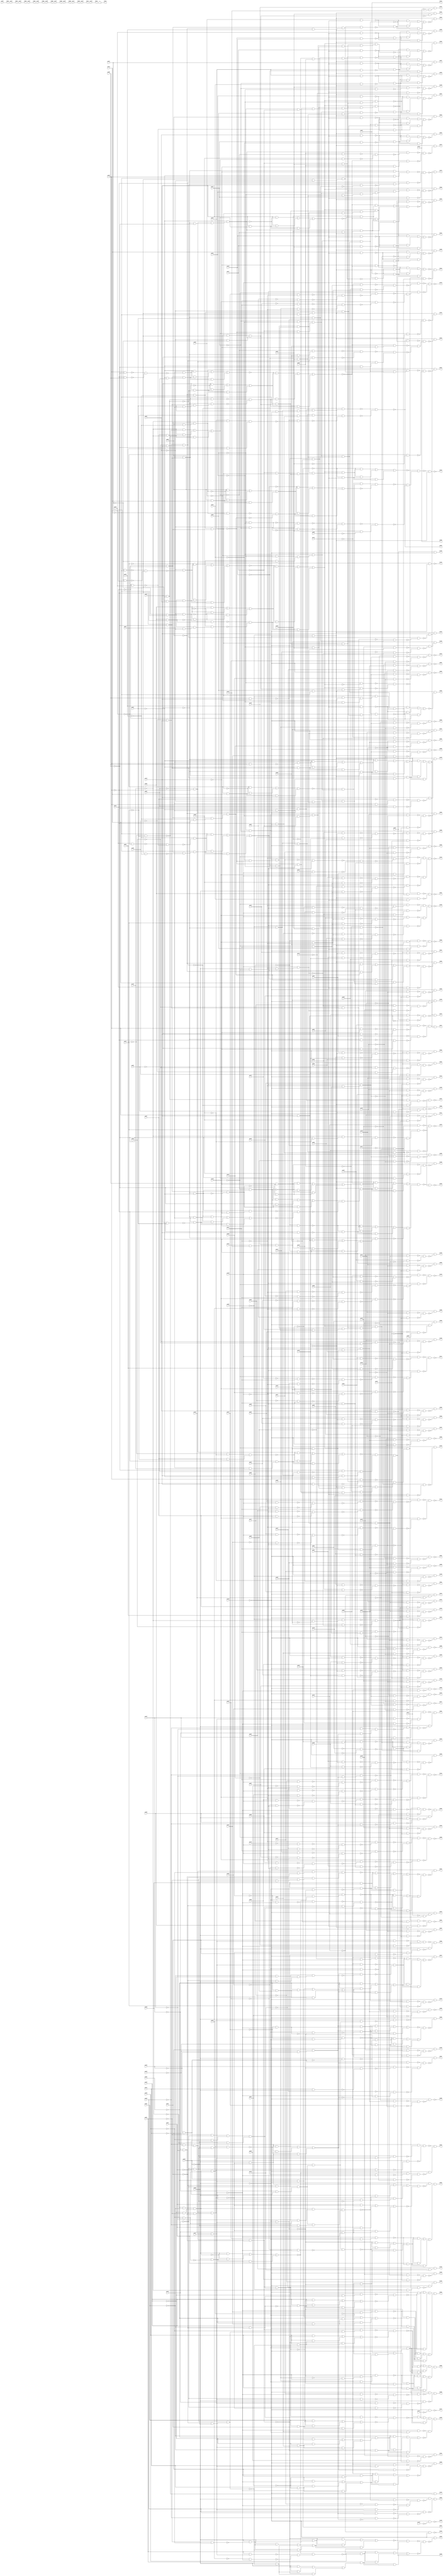
module i2c_best_speed (
        pi000, pi001, pi002, pi003, pi004, pi005, pi006, pi007, pi008, pi009, pi010, pi011, pi012, pi013, pi014, pi015, pi016, pi017, pi018, pi019, pi020, pi021, pi022, pi023, pi024, pi025, pi026, pi027, pi028, pi029, pi030, pi031, pi032, pi033, pi034, pi035, pi036, pi037, pi038, pi039, pi040, pi041, pi042, pi043, pi044, pi045, pi046, pi047, pi048, pi049, pi050, pi051, pi052, pi053, pi054, pi055, pi056, pi057, pi058, pi059, pi060, pi061, pi062, pi063, pi064, pi065, pi066, pi067, pi068, pi069, pi070, pi071, pi072, pi073, pi074, pi075, pi076, pi077, pi078, pi079, pi080, pi081, pi082, pi083, pi084, pi085, pi086, pi087, pi088, pi089, pi090, pi091, pi092, pi093, pi094, pi095, pi096, pi097, pi098, pi099, pi100, pi101, pi102, pi103, pi104, pi105, pi106, pi107, pi108, pi109, pi110, pi111, pi112, pi113, pi114, pi115, pi116, pi117, pi118, pi119, pi120, pi121, pi122, pi123, pi124, pi125, pi126, pi127, pi128, pi129, pi130, pi131, pi132, pi133, pi134, pi135, pi136, pi137, pi138, pi139, pi140, pi141, pi142, pi143, pi144, pi145, pi146, 
        po000, po001, po002, po003, po004, po005, po006, po007, po008, po009, po010, po011, po012, po013, po014, po015, po016, po017, po018, po019, po020, po021, po022, po023, po024, po025, po026, po027, po028, po029, po030, po031, po032, po033, po034, po035, po036, po037, po038, po039, po040, po041, po042, po043, po044, po045, po046, po047, po048, po049, po050, po051, po052, po053, po054, po055, po056, po057, po058, po059, po060, po061, po062, po063, po064, po065, po066, po067, po068, po069, po070, po071, po072, po073, po074, po075, po076, po077, po078, po079, po080, po081, po082, po083, po084, po085, po086, po087, po088, po089, po090, po091, po092, po093, po094, po095, po096, po097, po098, po099, po100, po101, po102, po103, po104, po105, po106, po107, po108, po109, po110, po111, po112, po113, po114, po115, po116, po117, po118, po119, po120, po121, po122, po123, po124, po125, po126, po127, po128, po129, po130, po131, po132, po133, po134, po135, po136, po137, po138, po139, po140, po141);
input pi000, pi001, pi002, pi003, pi004, pi005, pi006, pi007, pi008, pi009, pi010, pi011, pi012, pi013, pi014, pi015, pi016, pi017, pi018, pi019, pi020, pi021, pi022, pi023, pi024, pi025, pi026, pi027, pi028, pi029, pi030, pi031, pi032, pi033, pi034, pi035, pi036, pi037, pi038, pi039, pi040, pi041, pi042, pi043, pi044, pi045, pi046, pi047, pi048, pi049, pi050, pi051, pi052, pi053, pi054, pi055, pi056, pi057, pi058, pi059, pi060, pi061, pi062, pi063, pi064, pi065, pi066, pi067, pi068, pi069, pi070, pi071, pi072, pi073, pi074, pi075, pi076, pi077, pi078, pi079, pi080, pi081, pi082, pi083, pi084, pi085, pi086, pi087, pi088, pi089, pi090, pi091, pi092, pi093, pi094, pi095, pi096, pi097, pi098, pi099, pi100, pi101, pi102, pi103, pi104, pi105, pi106, pi107, pi108, pi109, pi110, pi111, pi112, pi113, pi114, pi115, pi116, pi117, pi118, pi119, pi120, pi121, pi122, pi123, pi124, pi125, pi126, pi127, pi128, pi129, pi130, pi131, pi132, pi133, pi134, pi135, pi136, pi137, pi138, pi139, pi140, pi141, pi142, pi143, pi144, pi145, pi146;
output po000, po001, po002, po003, po004, po005, po006, po007, po008, po009, po010, po011, po012, po013, po014, po015, po016, po017, po018, po019, po020, po021, po022, po023, po024, po025, po026, po027, po028, po029, po030, po031, po032, po033, po034, po035, po036, po037, po038, po039, po040, po041, po042, po043, po044, po045, po046, po047, po048, po049, po050, po051, po052, po053, po054, po055, po056, po057, po058, po059, po060, po061, po062, po063, po064, po065, po066, po067, po068, po069, po070, po071, po072, po073, po074, po075, po076, po077, po078, po079, po080, po081, po082, po083, po084, po085, po086, po087, po088, po089, po090, po091, po092, po093, po094, po095, po096, po097, po098, po099, po100, po101, po102, po103, po104, po105, po106, po107, po108, po109, po110, po111, po112, po113, po114, po115, po116, po117, po118, po119, po120, po121, po122, po123, po124, po125, po126, po127, po128, po129, po130, po131, po132, po133, po134, po135, po136, po137, po138, po139, po140, po141;
wire one, w0, w1, w2, w3, w4, w5, w6, w7, w8, w9, w10, w11, w12, w13, w14, w15, w16, w17, w18, w19, w20, w21, w22, w23, w24, w25, w26, w27, w28, w29, w30, w31, w32, w33, w34, w35, w36, w37, w38, w39, w40, w41, w42, w43, w44, w45, w46, w47, w48, w49, w50, w51, w52, w53, w54, w55, w56, w57, w58, w59, w60, w61, w62, w63, w64, w65, w66, w67, w68, w69, w70, w71, w72, w73, w74, w75, w76, w77, w78, w79, w80, w81, w82, w83, w84, w85, w86, w87, w88, w89, w90, w91, w92, w93, w94, w95, w96, w97, w98, w99, w100, w101, w102, w103, w104, w105, w106, w107, w108, w109, w110, w111, w112, w113, w114, w115, w116, w117, w118, w119, w120, w121, w122, w123, w124, w125, w126, w127, w128, w129, w130, w131, w132, w133, w134, w135, w136, w137, w138, w139, w140, w141, w142, w143, w144, w145, w146, w147, w148, w149, w150, w151, w152, w153, w154, w155, w156, w157, w158, w159, w160, w161, w162, w163, w164, w165, w166, w167, w168, w169, w170, w171, w172, w173, w174, w175, w176, w177, w178, w179, w180, w181, w182, w183, w184, w185, w186, w187, w188, w189, w190, w191, w192, w193, w194, w195, w196, w197, w198, w199, w200, w201, w202, w203, w204, w205, w206, w207, w208, w209, w210, w211, w212, w213, w214, w215, w216, w217, w218, w219, w220, w221, w222, w223, w224, w225, w226, w227, w228, w229, w230, w231, w232, w233, w234, w235, w236, w237, w238, w239, w240, w241, w242, w243, w244, w245, w246, w247, w248, w249, w250, w251, w252, w253, w254, w255, w256, w257, w258, w259, w260, w261, w262, w263, w264, w265, w266, w267, w268, w269, w270, w271, w272, w273, w274, w275, w276, w277, w278, w279, w280, w281, w282, w283, w284, w285, w286, w287, w288, w289, w290, w291, w292, w293, w294, w295, w296, w297, w298, w299, w300, w301, w302, w303, w304, w305, w306, w307, w308, w309, w310, w311, w312, w313, w314, w315, w316, w317, w318, w319, w320, w321, w322, w323, w324, w325, w326, w327, w328, w329, w330, w331, w332, w333, w334, w335, w336, w337, w338, w339, w340, w341, w342, w343, w344, w345, w346, w347, w348, w349, w350, w351, w352, w353, w354, w355, w356, w357, w358, w359, w360, w361, w362, w363, w364, w365, w366, w367, w368, w369, w370, w371, w372, w373, w374, w375, w376, w377, w378, w379, w380, w381, w382, w383, w384, w385, w386, w387, w388, w389, w390, w391, w392, w393, w394, w395, w396, w397, w398, w399, w400, w401, w402, w403, w404, w405, w406, w407, w408, w409, w410, w411, w412, w413, w414, w415, w416, w417, w418, w419, w420, w421, w422, w423, w424, w425, w426, w427, w428, w429, w430, w431, w432, w433, w434, w435, w436, w437, w438, w439, w440, w441, w442, w443, w444, w445, w446, w447, w448, w449, w450, w451, w452, w453, w454, w455, w456, w457, w458, w459, w460, w461, w462, w463, w464, w465, w466, w467, w468, w469, w470, w471, w472, w473, w474, w475, w476, w477, w478, w479, w480, w481, w482, w483, w484, w485, w486, w487, w488, w489, w490, w491, w492, w493, w494, w495, w496, w497, w498, w499, w500, w501, w502, w503, w504, w505, w506, w507, w508, w509, w510, w511, w512, w513, w514, w515, w516, w517, w518, w519, w520, w521, w522, w523, w524, w525, w526, w527, w528, w529, w530, w531, w532, w533, w534, w535, w536, w537, w538, w539, w540, w541, w542, w543, w544, w545, w546, w547, w548, w549, w550, w551, w552, w553, w554, w555, w556, w557, w558, w559, w560, w561, w562, w563, w564, w565, w566, w567, w568, w569, w570, w571, w572, w573, w574, w575, w576, w577, w578, w579, w580, w581, w582, w583, w584, w585, w586, w587, w588, w589, w590, w591, w592, w593, w594, w595, w596, w597, w598, w599, w600, w601, w602, w603, w604, w605, w606, w607, w608, w609, w610, w611, w612, w613, w614, w615, w616, w617, w618, w619, w620, w621, w622, w623, w624, w625, w626, w627, w628, w629, w630, w631, w632, w633, w634, w635, w636, w637, w638, w639, w640, w641, w642, w643, w644, w645, w646, w647, w648, w649, w650, w651, w652, w653, w654, w655, w656, w657, w658, w659, w660, w661, w662, w663, w664, w665, w666, w667, w668, w669, w670, w671, w672, w673, w674, w675, w676, w677, w678, w679, w680, w681, w682, w683, w684, w685, w686, w687, w688, w689, w690, w691, w692, w693, w694, w695, w696, w697, w698, w699, w700, w701, w702, w703, w704, w705, w706, w707, w708, w709, w710, w711, w712, w713, w714, w715, w716, w717, w718, w719, w720, w721, w722, w723, w724, w725, w726, w727, w728, w729, w730, w731, w732, w733, w734, w735, w736, w737, w738, w739, w740, w741, w742, w743, w744, w745, w746, w747, w748, w749, w750, w751, w752, w753, w754, w755, w756, w757, w758, w759, w760, w761, w762, w763, w764, w765, w766, w767, w768, w769, w770, w771, w772, w773, w774, w775, w776, w777, w778, w779, w780, w781, w782, w783, w784, w785, w786, w787, w788, w789, w790, w791, w792, w793, w794, w795, w796, w797, w798, w799, w800, w801, w802, w803, w804, w805, w806, w807, w808, w809, w810, w811, w812, w813, w814, w815, w816, w817, w818, w819, w820, w821, w822, w823, w824, w825, w826, w827, w828, w829, w830, w831, w832, w833, w834, w835, w836, w837, w838, w839, w840, w841, w842, w843, w844, w845, w846, w847, w848, w849, w850, w851, w852, w853, w854, w855, w856, w857, w858, w859, w860, w861, w862, w863, w864, w865, w866, w867, w868, w869, w870, w871, w872, w873, w874, w875, w876, w877, w878, w879, w880, w881, w882, w883, w884, w885, w886, w887, w888, w889, w890, w891, w892, w893, w894, w895, w896, w897, w898, w899, w900, w901, w902, w903, w904, w905, w906, w907, w908, w909, w910, w911, w912, w913, w914, w915, w916, w917, w918, w919, w920, w921, w922, w923, w924, w925, w926, w927, w928, w929, w930, w931, w932, w933, w934, w935, w936, w937, w938, w939, w940, w941, w942, w943, w944, w945, w946, w947, w948, w949, w950, w951, w952, w953, w954, w955, w956, w957, w958, w959, w960, w961, w962, w963, w964, w965, w966, w967, w968, w969, w970, w971, w972, w973, w974, w975, w976, w977, w978, w979, w980, w981, w982, w983, w984, w985, w986, w987, w988, w989, w990, w991, w992, w993, w994, w995, w996, w997, w998, w999, w1000, w1001, w1002, w1003, w1004, w1005, w1006, w1007, w1008, w1009, w1010, w1011, w1012, w1013, w1014, w1015, w1016, w1017, w1018, w1019, w1020, w1021, w1022, w1023, w1024, w1025, w1026, w1027, w1028, w1029, w1030, w1031, w1032, w1033, w1034, w1035, w1036, w1037, w1038, w1039, w1040, w1041, w1042, w1043, w1044, w1045, w1046, w1047, w1048, w1049, w1050, w1051, w1052, w1053, w1054, w1055, w1056, w1057, w1058, w1059, w1060, w1061, w1062, w1063, w1064, w1065, w1066, w1067, w1068, w1069, w1070, w1071, w1072, w1073, w1074, w1075, w1076, w1077, w1078, w1079, w1080, w1081, w1082, w1083, w1084, w1085, w1086, w1087, w1088, w1089, w1090, w1091, w1092, w1093, w1094, w1095, w1096, w1097, w1098, w1099, w1100, w1101, w1102, w1103, w1104, w1105, w1106, w1107;
assign w0 = pi012 & ~pi013;
assign w1 = ~pi012 & pi013;
assign w2 = ~w0 & ~w1;
assign w3 = ~pi009 & ~w2;
assign w4 = ~pi012 & ~pi013;
assign w5 = ~pi007 & pi009;
assign w6 = w4 & w5;
assign w7 = (~pi007 & w3) | (~pi007 & w6) | (w3 & w6);
assign w8 = ~pi009 & w4;
assign w9 = pi006 & ~pi007;
assign w10 = pi006 & ~w9;
assign w11 = (pi006 & ~w8) | (pi006 & w10) | (~w8 & w10);
assign w12 = w8 & w9;
assign w13 = pi007 & ~pi009;
assign w14 = w4 & w13;
assign w15 = ~pi006 & w14;
assign w16 = ~w12 & ~w15;
assign w17 = (~w7 & w11) | (~w7 & w16) | (w11 & w16);
assign w18 = ~pi005 & ~pi011;
assign w19 = ~pi016 & ~pi018;
assign w20 = w18 & w19;
assign w21 = ~pi019 & ~pi022;
assign w22 = w20 & w21;
assign w23 = ~pi008 & ~pi010;
assign w24 = ~pi014 & ~pi021;
assign w25 = w23 & w24;
assign w26 = ~pi017 & w25;
assign w27 = ~pi004 & ~pi007;
assign w28 = ~pi009 & ~pi012;
assign w29 = w27 & w28;
assign w30 = ~pi013 & w29;
assign w31 = w26 & w30;
assign w32 = w22 & w31;
assign w33 = w17 & w32;
assign w34 = ~pi000 & ~pi054;
assign w35 = (~pi000 & w33) | (~pi000 & w34) | (w33 & w34);
assign w36 = pi007 & pi013;
assign w37 = (pi007 & ~w25) | (pi007 & w36) | (~w25 & w36);
assign w38 = ~pi004 & ~pi005;
assign w39 = ~pi006 & ~pi012;
assign w40 = w38 & w39;
assign w41 = ~pi022 & w40;
assign w42 = ~w37 & w41;
assign w43 = ~pi011 & ~pi016;
assign w44 = ~pi017 & ~pi018;
assign w45 = w43 & w44;
assign w46 = ~pi019 & pi054;
assign w47 = ~pi009 & w46;
assign w48 = w45 & w47;
assign w49 = w42 & w48;
assign w50 = pi014 & ~pi021;
assign w51 = ~pi014 & pi021;
assign w52 = ~w50 & ~w51;
assign w53 = ~pi010 & ~w52;
assign w54 = ~pi007 & ~pi010;
assign w55 = w24 & ~w54;
assign w56 = ~pi013 & w55;
assign w57 = (~pi013 & w53) | (~pi013 & w56) | (w53 & w56);
assign w58 = pi008 & ~pi010;
assign w59 = w24 & w58;
assign w60 = pi008 & pi013;
assign w61 = (pi008 & ~w59) | (pi008 & w60) | (~w59 & w60);
assign w62 = ~pi013 & w59;
assign w63 = ~pi010 & pi013;
assign w64 = w24 & w63;
assign w65 = ~pi008 & w64;
assign w66 = ~w62 & ~w65;
assign w67 = (~w57 & w61) | (~w57 & w66) | (w61 & w66);
assign w68 = w49 & ~w67;
assign w69 = ~pi005 & ~pi022;
assign w70 = ~pi009 & ~pi011;
assign w71 = ~w69 & w70;
assign w72 = w69 & ~w70;
assign w73 = ~w71 & ~w72;
assign w74 = pi054 & ~pi056;
assign w75 = ~w73 & w74;
assign w76 = ~w68 & ~w75;
assign w77 = ~w35 & w76;
assign w78 = ~pi003 & ~pi129;
assign w79 = ~w77 & w78;
assign w80 = w22 & w25;
assign w81 = w30 & w80;
assign w82 = w17 & w81;
assign w83 = ~pi001 & w78;
assign w84 = ~pi017 & pi054;
assign w85 = w78 & ~w84;
assign w86 = ~pi001 & w85;
assign w87 = (w82 & w83) | (w82 & w86) | (w83 & w86);
assign w88 = ~pi005 & ~w17;
assign w89 = pi005 & ~pi013;
assign w90 = w29 & w89;
assign w91 = w17 & w90;
assign w92 = ~w88 & ~w91;
assign w93 = w45 & w46;
assign w94 = ~pi003 & ~pi004;
assign w95 = ~pi022 & ~pi129;
assign w96 = w94 & w95;
assign w97 = w25 & w96;
assign w98 = w93 & w97;
assign w99 = ~w92 & w98;
assign w100 = ~w87 & ~w99;
assign w101 = ~pi002 & ~pi015;
assign w102 = ~pi020 & ~pi024;
assign w103 = w101 & w102;
assign w104 = ~pi045 & ~pi049;
assign w105 = w103 & w104;
assign w106 = ~pi043 & ~pi047;
assign w107 = ~pi048 & w106;
assign w108 = w105 & w107;
assign w109 = ~pi038 & ~pi040;
assign w110 = ~pi042 & ~pi044;
assign w111 = w109 & w110;
assign w112 = ~pi046 & ~pi050;
assign w113 = ~pi041 & w112;
assign w114 = w111 & w113;
assign w115 = pi082 & ~w114;
assign w116 = (pi082 & ~w108) | (pi082 & w115) | (~w108 & w115);
assign w117 = pi122 & pi127;
assign w118 = ~pi065 & ~w117;
assign w119 = ~w116 & w118;
assign w120 = ~w116 & w117;
assign w121 = w111 & w112;
assign w122 = ~pi024 & ~pi043;
assign w123 = ~pi045 & ~pi047;
assign w124 = w122 & w123;
assign w125 = ~pi048 & ~pi049;
assign w126 = w124 & w125;
assign w127 = w121 & w126;
assign w128 = ~pi015 & ~pi020;
assign w129 = ~pi041 & pi082;
assign w130 = w128 & w129;
assign w131 = w127 & w130;
assign w132 = w116 & ~w131;
assign w133 = ~w120 & ~w132;
assign w134 = ~pi002 & pi065;
assign w135 = (~pi002 & w117) | (~pi002 & w134) | (w117 & w134);
assign w136 = (~pi002 & w116) | (~pi002 & w135) | (w116 & w135);
assign w137 = (~w119 & w133) | (~w119 & w136) | (w133 & w136);
assign w138 = ~pi129 & ~w137;
assign w139 = pi000 & ~pi113;
assign w140 = ~pi123 & w139;
assign w141 = w25 & w30;
assign w142 = ~pi017 & w21;
assign w143 = w20 & w142;
assign w144 = w141 & w143;
assign w145 = w17 & w144;
assign w146 = ~pi061 & ~pi118;
assign w147 = ~w140 & ~w146;
assign w148 = (~w140 & w145) | (~w140 & w147) | (w145 & w147);
assign w149 = ~pi129 & ~w148;
assign w150 = pi004 & ~pi054;
assign w151 = w41 & w93;
assign w152 = ~pi007 & ~pi009;
assign w153 = ~pi013 & w152;
assign w154 = ~pi008 & pi010;
assign w155 = w24 & w154;
assign w156 = w153 & w155;
assign w157 = ~w150 & ~w156;
assign w158 = (~w150 & ~w151) | (~w150 & w157) | (~w151 & w157);
assign w159 = w78 & ~w158;
assign w160 = ~pi016 & ~pi017;
assign w161 = w18 & w160;
assign w162 = ~pi022 & pi054;
assign w163 = w78 & w162;
assign w164 = w161 & w163;
assign w165 = ~pi018 & ~pi019;
assign w166 = ~pi029 & w165;
assign w167 = ~pi059 & w166;
assign w168 = w164 & w167;
assign w169 = w141 & w168;
assign w170 = w17 & w169;
assign w171 = ~pi025 & pi028;
assign w172 = w170 & w171;
assign w173 = pi005 & ~pi054;
assign w174 = w78 & w173;
assign w175 = ~w172 & ~w174;
assign w176 = pi025 & ~pi028;
assign w177 = w170 & w176;
assign w178 = ~pi054 & w78;
assign w179 = pi006 & w178;
assign w180 = ~w177 & ~w179;
assign w181 = w151 & w153;
assign w182 = w59 & w181;
assign w183 = pi007 & ~pi054;
assign w184 = ~w182 & ~w183;
assign w185 = w78 & ~w184;
assign w186 = pi008 & ~pi054;
assign w187 = ~pi007 & ~pi013;
assign w188 = w23 & w187;
assign w189 = ~pi009 & w188;
assign w190 = w151 & w189;
assign w191 = ~w51 & ~w186;
assign w192 = (~w186 & ~w190) | (~w186 & w191) | (~w190 & w191);
assign w193 = w78 & ~w192;
assign w194 = pi009 & ~pi054;
assign w195 = ~pi005 & ~pi017;
assign w196 = w165 & w195;
assign w197 = w162 & w196;
assign w198 = w141 & w197;
assign w199 = w17 & w198;
assign w200 = pi011 & ~pi016;
assign w201 = ~w194 & ~w200;
assign w202 = (~w194 & ~w199) | (~w194 & w201) | (~w199 & w201);
assign w203 = w78 & ~w202;
assign w204 = pi010 & ~pi054;
assign w205 = ~pi021 & w189;
assign w206 = w151 & w205;
assign w207 = ~pi014 & ~w204;
assign w208 = (~w204 & ~w206) | (~w204 & w207) | (~w206 & w207);
assign w209 = w78 & ~w208;
assign w210 = ~pi005 & w46;
assign w211 = w45 & w210;
assign w212 = pi022 & w211;
assign w213 = w141 & w212;
assign w214 = w17 & w213;
assign w215 = pi011 & ~pi054;
assign w216 = ~w214 & ~w215;
assign w217 = w78 & ~w216;
assign w218 = pi012 & ~pi054;
assign w219 = w161 & w162;
assign w220 = w141 & w219;
assign w221 = w17 & w220;
assign w222 = pi018 & ~pi019;
assign w223 = ~w218 & ~w222;
assign w224 = (~w218 & ~w221) | (~w218 & w223) | (~w221 & w223);
assign w225 = w78 & ~w224;
assign w226 = pi013 & ~pi054;
assign w227 = ~pi025 & ~pi028;
assign w228 = pi029 & pi054;
assign w229 = w227 & w228;
assign w230 = ~pi059 & w229;
assign w231 = ~w226 & ~w230;
assign w232 = (~w145 & ~w226) | (~w145 & w231) | (~w226 & w231);
assign w233 = w78 & ~w232;
assign w234 = (~pi008 & w57) | (~pi008 & w65) | (w57 & w65);
assign w235 = pi013 & w48;
assign w236 = w42 & w235;
assign w237 = w234 & w236;
assign w238 = pi014 & ~pi054;
assign w239 = ~w237 & ~w238;
assign w240 = w78 & ~w239;
assign w241 = ~pi015 & ~pi041;
assign w242 = w127 & w241;
assign w243 = pi015 & pi041;
assign w244 = (pi015 & ~w127) | (pi015 & w243) | (~w127 & w243);
assign w245 = ~w242 & ~w244;
assign w246 = ~pi082 & ~pi129;
assign w247 = (~pi129 & ~w245) | (~pi129 & w246) | (~w245 & w246);
assign w248 = pi070 & ~pi082;
assign w249 = ~w117 & w248;
assign w250 = ~pi020 & pi070;
assign w251 = (~pi020 & w117) | (~pi020 & w250) | (w117 & w250);
assign w252 = ~pi002 & w251;
assign w253 = ~pi082 & w117;
assign w254 = ~pi015 & w253;
assign w255 = (~pi015 & w252) | (~pi015 & w254) | (w252 & w254);
assign w256 = ~w249 & ~w255;
assign w257 = w247 & w256;
assign w258 = pi006 & w98;
assign w259 = ~w92 & w258;
assign w260 = pi016 & ~pi054;
assign w261 = w78 & w260;
assign w262 = ~w259 & ~w261;
assign w263 = pi017 & ~pi054;
assign w264 = ~pi029 & pi059;
assign w265 = w227 & w264;
assign w266 = w84 & w265;
assign w267 = ~w263 & ~w266;
assign w268 = (~w82 & ~w263) | (~w82 & w267) | (~w263 & w267);
assign w269 = w78 & ~w268;
assign w270 = pi018 & ~pi054;
assign w271 = ~pi011 & pi016;
assign w272 = ~w270 & ~w271;
assign w273 = (~w199 & ~w270) | (~w199 & w272) | (~w270 & w272);
assign w274 = w78 & ~w273;
assign w275 = pi019 & ~pi054;
assign w276 = pi017 & pi054;
assign w277 = ~w275 & ~w276;
assign w278 = (~w82 & ~w275) | (~w82 & w277) | (~w275 & w277);
assign w279 = w78 & ~w278;
assign w280 = ~pi020 & w241;
assign w281 = w127 & w280;
assign w282 = pi020 & ~w241;
assign w283 = (pi020 & ~w127) | (pi020 & w282) | (~w127 & w282);
assign w284 = ~w281 & ~w283;
assign w285 = (~pi129 & w246) | (~pi129 & ~w284) | (w246 & ~w284);
assign w286 = pi071 & ~pi082;
assign w287 = ~w117 & w286;
assign w288 = ~pi002 & pi071;
assign w289 = (~pi002 & w117) | (~pi002 & w288) | (w117 & w288);
assign w290 = ~w253 & ~w289;
assign w291 = pi020 & ~w287;
assign w292 = (~w287 & w290) | (~w287 & w291) | (w290 & w291);
assign w293 = w285 & w292;
assign w294 = pi021 & ~pi054;
assign w295 = ~pi018 & pi019;
assign w296 = ~w294 & ~w295;
assign w297 = (~w221 & ~w294) | (~w221 & w296) | (~w294 & w296);
assign w298 = w78 & ~w297;
assign w299 = pi022 & ~pi054;
assign w300 = ~pi022 & w141;
assign w301 = w17 & w300;
assign w302 = pi005 & w46;
assign w303 = w45 & w302;
assign w304 = ~w299 & ~w303;
assign w305 = (~w299 & ~w301) | (~w299 & w304) | (~w301 & w304);
assign w306 = w78 & ~w305;
assign w307 = ~pi023 & pi055;
assign w308 = ~pi129 & ~w307;
assign w309 = pi061 & w308;
assign w310 = ~pi024 & ~pi045;
assign w311 = pi082 & ~w310;
assign w312 = pi082 | w311;
assign w313 = ~pi041 & ~pi048;
assign w314 = w106 & w313;
assign w315 = (pi082 & w311) | (pi082 & ~w314) | (w311 & ~w314);
assign w316 = (~w121 & w312) | (~w121 & w315) | (w312 & w315);
assign w317 = pi082 & ~w104;
assign w318 = (pi082 & ~w103) | (pi082 & w317) | (~w103 & w317);
assign w319 = pi024 & w117;
assign w320 = ~pi063 & ~w117;
assign w321 = ~w319 & ~w320;
assign w322 = ~w318 & w321;
assign w323 = ~w316 & ~w322;
assign w324 = pi045 & ~w322;
assign w325 = pi082 & ~w314;
assign w326 = (pi082 & ~w121) | (pi082 & w325) | (~w121 & w325);
assign w327 = pi024 & w326;
assign w328 = (pi024 & w324) | (pi024 & w327) | (w324 & w327);
assign w329 = ~w323 & ~w328;
assign w330 = ~pi129 & ~w329;
assign w331 = pi058 & ~pi085;
assign w332 = ~pi058 & pi085;
assign w333 = ~w331 & ~w332;
assign w334 = ~pi053 & ~w333;
assign w335 = ~pi058 & ~pi085;
assign w336 = ~pi027 & pi053;
assign w337 = w335 & w336;
assign w338 = (~pi027 & w334) | (~pi027 & w337) | (w334 & w337);
assign w339 = ~pi053 & w335;
assign w340 = pi026 & ~pi027;
assign w341 = pi026 & ~w340;
assign w342 = (pi026 & ~w339) | (pi026 & w341) | (~w339 & w341);
assign w343 = w339 & w340;
assign w344 = pi027 & ~pi053;
assign w345 = w335 & w344;
assign w346 = ~pi026 & w345;
assign w347 = ~w343 & ~w346;
assign w348 = (~w338 & w342) | (~w338 & w347) | (w342 & w347);
assign w349 = ~pi095 & ~pi100;
assign w350 = pi097 & ~pi110;
assign w351 = (~pi110 & ~w349) | (~pi110 & w350) | (~w349 & w350);
assign w352 = ~pi026 & ~pi027;
assign w353 = ~w351 & w352;
assign w354 = pi085 & ~pi116;
assign w355 = w335 & ~w352;
assign w356 = ~pi116 & ~w355;
assign w357 = (~w353 & w354) | (~w353 & w356) | (w354 & w356);
assign w358 = ~w348 & w357;
assign w359 = (~pi085 & w353) | (~pi085 & w355) | (w353 & w355);
assign w360 = ~pi058 & ~pi116;
assign w361 = w352 & w360;
assign w362 = ~pi039 & ~pi051;
assign w363 = ~pi052 & pi116;
assign w364 = w362 & w363;
assign w365 = ~pi026 & ~pi053;
assign w366 = pi026 & pi027;
assign w367 = ~pi053 & ~w366;
assign w368 = (~w364 & w365) | (~w364 & w367) | (w365 & w367);
assign w369 = ~w361 & ~w368;
assign w370 = w359 & ~w369;
assign w371 = w78 & w370;
assign w372 = (w78 & w358) | (w78 & w371) | (w358 & w371);
assign w373 = ~pi025 & ~pi116;
assign w374 = ~pi052 & w362;
assign w375 = pi027 & pi116;
assign w376 = ~w373 & ~w375;
assign w377 = (~w373 & w374) | (~w373 & w376) | (w374 & w376);
assign w378 = pi058 & pi116;
assign w379 = ~pi025 & ~pi027;
assign w380 = (~pi027 & w378) | (~pi027 & w379) | (w378 & w379);
assign w381 = ~pi026 & w380;
assign w382 = w377 & ~w381;
assign w383 = w372 & w382;
assign w384 = ~pi085 & ~pi096;
assign w385 = ~pi110 & w384;
assign w386 = pi085 & pi116;
assign w387 = ~w385 & ~w386;
assign w388 = ~pi003 & ~pi026;
assign w389 = ~pi027 & ~pi053;
assign w390 = w388 & w389;
assign w391 = ~pi058 & ~pi129;
assign w392 = w390 & w391;
assign w393 = ~w387 & w392;
assign w394 = pi100 & w393;
assign w395 = ~w383 & ~w394;
assign w396 = ~pi053 & ~pi058;
assign w397 = ~pi085 & w396;
assign w398 = w340 & w397;
assign w399 = w78 & ~w364;
assign w400 = w398 & w399;
assign w401 = ~w394 & ~w400;
assign w402 = pi027 & ~pi129;
assign w403 = w388 & w402;
assign w404 = w397 & w403;
assign w405 = ~w364 & w404;
assign w406 = ~pi100 & w391;
assign w407 = w390 & w406;
assign w408 = ~pi096 & ~pi110;
assign w409 = ~pi085 & pi095;
assign w410 = w408 & w409;
assign w411 = ~w386 & ~w410;
assign w412 = w407 & ~w411;
assign w413 = ~w405 & ~w412;
assign w414 = ~pi116 & ~w348;
assign w415 = ~w413 & ~w414;
assign w416 = pi028 & ~pi116;
assign w417 = ~w348 & w416;
assign w418 = ~pi026 & pi028;
assign w419 = ~w351 & w418;
assign w420 = pi026 & w364;
assign w421 = ~w419 & ~w420;
assign w422 = ~pi027 & ~pi085;
assign w423 = w396 & w422;
assign w424 = ~w421 & w423;
assign w425 = ~w417 & ~w424;
assign w426 = ~w415 & w425;
assign w427 = w78 & ~w426;
assign w428 = ~pi095 & ~pi096;
assign w429 = pi097 & ~pi100;
assign w430 = w428 & w429;
assign w431 = ~pi053 & pi110;
assign w432 = ~pi058 & w431;
assign w433 = (w396 & ~w430) | (w396 & w432) | (~w430 & w432);
assign w434 = pi053 & pi116;
assign w435 = ~pi085 & ~w434;
assign w436 = ~pi027 & ~pi129;
assign w437 = w388 & w436;
assign w438 = w435 & w437;
assign w439 = ~w433 & w438;
assign w440 = pi097 & pi116;
assign w441 = pi058 & ~w440;
assign w442 = w439 & ~w441;
assign w443 = ~w414 & w442;
assign w444 = ~pi026 & ~pi085;
assign w445 = w396 & w444;
assign w446 = ~pi027 & w445;
assign w447 = pi116 & w351;
assign w448 = (pi116 & ~w446) | (pi116 & w447) | (~w446 & w447);
assign w449 = pi029 & ~w448;
assign w450 = pi029 & ~w351;
assign w451 = w446 & w450;
assign w452 = (~w348 & w449) | (~w348 & w451) | (w449 & w451);
assign w453 = ~w443 & ~w452;
assign w454 = w78 & ~w453;
assign w455 = pi060 & pi109;
assign w456 = pi030 & ~pi109;
assign w457 = ~w455 & ~w456;
assign w458 = ~pi106 & ~w457;
assign w459 = pi088 & pi106;
assign w460 = ~w458 & ~w459;
assign w461 = ~pi129 & ~w460;
assign w462 = pi031 & ~pi109;
assign w463 = pi030 & pi109;
assign w464 = ~w462 & ~w463;
assign w465 = ~pi106 & ~w464;
assign w466 = pi089 & pi106;
assign w467 = ~w465 & ~w466;
assign w468 = ~pi129 & ~w467;
assign w469 = pi032 & ~pi109;
assign w470 = pi031 & pi109;
assign w471 = ~w469 & ~w470;
assign w472 = ~pi106 & ~w471;
assign w473 = pi099 & pi106;
assign w474 = ~w472 & ~w473;
assign w475 = ~pi129 & ~w474;
assign w476 = pi033 & ~pi109;
assign w477 = pi032 & pi109;
assign w478 = ~w476 & ~w477;
assign w479 = ~pi106 & ~w478;
assign w480 = pi090 & pi106;
assign w481 = ~w479 & ~w480;
assign w482 = ~pi129 & ~w481;
assign w483 = pi034 & ~pi109;
assign w484 = pi033 & pi109;
assign w485 = ~w483 & ~w484;
assign w486 = ~pi106 & ~w485;
assign w487 = pi091 & pi106;
assign w488 = ~w486 & ~w487;
assign w489 = ~pi129 & ~w488;
assign w490 = pi035 & ~pi109;
assign w491 = pi034 & pi109;
assign w492 = ~w490 & ~w491;
assign w493 = ~pi106 & ~w492;
assign w494 = pi092 & pi106;
assign w495 = ~w493 & ~w494;
assign w496 = ~pi129 & ~w495;
assign w497 = pi036 & ~pi109;
assign w498 = pi035 & pi109;
assign w499 = ~w497 & ~w498;
assign w500 = ~pi106 & ~w499;
assign w501 = pi098 & pi106;
assign w502 = ~w500 & ~w501;
assign w503 = ~pi129 & ~w502;
assign w504 = pi037 & ~pi109;
assign w505 = pi036 & pi109;
assign w506 = ~w504 & ~w505;
assign w507 = ~pi106 & ~w506;
assign w508 = pi093 & pi106;
assign w509 = ~w507 & ~w508;
assign w510 = ~pi129 & ~w509;
assign w511 = ~pi050 & w104;
assign w512 = w103 & w511;
assign w513 = ~pi041 & ~pi043;
assign w514 = ~pi046 & ~pi047;
assign w515 = w513 & w514;
assign w516 = ~pi038 & ~pi048;
assign w517 = w515 & w516;
assign w518 = w512 & w517;
assign w519 = pi082 & ~w518;
assign w520 = ~pi074 & ~w117;
assign w521 = pi038 & w117;
assign w522 = ~w520 & ~w521;
assign w523 = ~w519 & w522;
assign w524 = ~pi129 & ~w523;
assign w525 = ~pi040 & ~pi042;
assign w526 = ~pi044 & w525;
assign w527 = pi038 & w526;
assign w528 = ~pi038 & ~w526;
assign w529 = ~w527 & ~w528;
assign w530 = pi082 & ~w529;
assign w531 = w524 & ~w530;
assign w532 = ~pi051 & ~pi052;
assign w533 = ~pi039 & pi109;
assign w534 = w532 & w533;
assign w535 = ~pi106 & ~w534;
assign w536 = ~pi052 & pi109;
assign w537 = ~pi051 & w536;
assign w538 = pi039 & ~w537;
assign w539 = w535 & ~w538;
assign w540 = ~pi129 & ~w539;
assign w541 = ~pi073 & ~w117;
assign w542 = w526 & w541;
assign w543 = ~pi082 & ~w541;
assign w544 = w526 & ~w543;
assign w545 = (~w518 & w542) | (~w518 & w544) | (w542 & w544);
assign w546 = ~pi073 & ~pi082;
assign w547 = ~w117 & w546;
assign w548 = pi082 & ~w110;
assign w549 = ~w253 & ~w548;
assign w550 = ~pi040 & ~w547;
assign w551 = (~w547 & w549) | (~w547 & w550) | (w549 & w550);
assign w552 = ~w545 & w551;
assign w553 = ~pi129 & ~w552;
assign w554 = pi041 & w117;
assign w555 = ~pi076 & ~w117;
assign w556 = ~w554 & ~w555;
assign w557 = ~pi048 & w515;
assign w558 = w105 & w557;
assign w559 = pi082 & ~w558;
assign w560 = w556 & ~w559;
assign w561 = pi041 & ~w121;
assign w562 = ~w114 & ~w561;
assign w563 = pi082 & w562;
assign w564 = ~pi129 & ~w563;
assign w565 = ~w560 & w564;
assign w566 = w110 & w116;
assign w567 = pi044 & pi082;
assign w568 = ~w253 & ~w567;
assign w569 = pi042 & ~w568;
assign w570 = ~w117 & ~w548;
assign w571 = ~pi072 & w570;
assign w572 = ~w569 & ~w571;
assign w573 = ~w566 & w572;
assign w574 = ~pi129 & ~w573;
assign w575 = pi077 & ~w117;
assign w576 = ~pi043 & w117;
assign w577 = ~w575 & ~w576;
assign w578 = ~w559 & ~w577;
assign w579 = ~pi129 & ~w578;
assign w580 = pi043 & w114;
assign w581 = ~pi043 & ~w114;
assign w582 = ~w580 & ~w581;
assign w583 = pi082 & ~w582;
assign w584 = w579 & ~w583;
assign w585 = pi044 & w117;
assign w586 = ~w116 & w585;
assign w587 = ~pi044 & w116;
assign w588 = ~w586 & ~w587;
assign w589 = ~pi044 & ~pi067;
assign w590 = ~w117 & w589;
assign w591 = pi044 & ~pi067;
assign w592 = (~pi067 & ~w117) | (~pi067 & w591) | (~w117 & w591);
assign w593 = (~w116 & w590) | (~w116 & w592) | (w590 & w592);
assign w594 = w588 & ~w593;
assign w595 = ~pi129 & ~w594;
assign w596 = ~pi045 & w314;
assign w597 = w121 & w596;
assign w598 = pi045 & ~w314;
assign w599 = (pi045 & ~w121) | (pi045 & w598) | (~w121 & w598);
assign w600 = ~w597 & ~w599;
assign w601 = (~pi129 & w246) | (~pi129 & ~w600) | (w246 & ~w600);
assign w602 = pi068 & ~pi082;
assign w603 = ~w117 & w602;
assign w604 = ~pi068 & ~w117;
assign w605 = ~w253 & w604;
assign w606 = (~w105 & ~w253) | (~w105 & w605) | (~w253 & w605);
assign w607 = pi045 & ~w603;
assign w608 = (~w603 & w606) | (~w603 & w607) | (w606 & w607);
assign w609 = w601 & w608;
assign w610 = pi046 & w117;
assign w611 = ~pi075 & ~w117;
assign w612 = ~w610 & ~w611;
assign w613 = ~w116 & w612;
assign w614 = ~pi038 & ~pi050;
assign w615 = ~pi046 & w526;
assign w616 = w614 & w615;
assign w617 = pi082 & ~w616;
assign w618 = ~pi050 & w526;
assign w619 = ~pi038 & w618;
assign w620 = pi046 & ~w619;
assign w621 = w617 & ~w620;
assign w622 = ~pi129 & ~w621;
assign w623 = ~w613 & w622;
assign w624 = pi082 & ~w106;
assign w625 = (pi082 & ~w114) | (pi082 & w624) | (~w114 & w624);
assign w626 = pi043 & pi047;
assign w627 = (pi047 & ~w114) | (pi047 & w626) | (~w114 & w626);
assign w628 = w625 & ~w627;
assign w629 = ~pi129 & ~w628;
assign w630 = pi064 & ~pi082;
assign w631 = ~w117 & w630;
assign w632 = ~pi064 & ~w117;
assign w633 = w557 & ~w632;
assign w634 = ~w105 & ~w253;
assign w635 = (~w253 & ~w633) | (~w253 & w634) | (~w633 & w634);
assign w636 = pi047 & ~w631;
assign w637 = (~w631 & w635) | (~w631 & w636) | (w635 & w636);
assign w638 = w629 & w637;
assign w639 = ~pi048 & w114;
assign w640 = w106 & w639;
assign w641 = pi082 & ~w640;
assign w642 = w106 & w114;
assign w643 = pi048 & ~w642;
assign w644 = w641 & ~w643;
assign w645 = ~pi062 & ~w117;
assign w646 = ~w318 & ~w645;
assign w647 = ~pi082 & ~w117;
assign w648 = pi048 & ~w647;
assign w649 = w646 & ~w648;
assign w650 = ~pi129 & ~w649;
assign w651 = ~w644 & w650;
assign w652 = ~pi045 & w112;
assign w653 = w111 & w652;
assign w654 = ~pi024 & ~pi048;
assign w655 = w106 & w654;
assign w656 = ~pi041 & w655;
assign w657 = w653 & w656;
assign w658 = pi049 & w253;
assign w659 = ~pi082 & ~w253;
assign w660 = pi049 & ~w659;
assign w661 = (~w657 & w658) | (~w657 & w660) | (w658 & w660);
assign w662 = ~pi069 & ~pi082;
assign w663 = ~w117 & w662;
assign w664 = ~pi069 & ~w117;
assign w665 = ~w318 & ~w664;
assign w666 = ~pi041 & w121;
assign w667 = ~w665 & w666;
assign w668 = ~w126 & ~w663;
assign w669 = (~w663 & ~w667) | (~w663 & w668) | (~w667 & w668);
assign w670 = ~w661 & w669;
assign w671 = ~pi129 & ~w670;
assign w672 = ~pi066 & ~w117;
assign w673 = ~w559 & ~w672;
assign w674 = pi050 & ~w647;
assign w675 = w673 & ~w674;
assign w676 = pi082 & ~w619;
assign w677 = ~pi038 & w526;
assign w678 = pi050 & ~w677;
assign w679 = w676 & ~w678;
assign w680 = ~pi129 & ~w679;
assign w681 = ~w675 & w680;
assign w682 = ~pi051 & pi109;
assign w683 = pi051 & ~pi109;
assign w684 = ~w682 & ~w683;
assign w685 = ~pi106 & w684;
assign w686 = ~pi129 & ~w685;
assign w687 = ~pi106 & ~w537;
assign w688 = pi052 & ~w682;
assign w689 = w687 & ~w688;
assign w690 = ~pi129 & ~w689;
assign w691 = ~w116 & ~w117;
assign w692 = ~pi129 & ~w691;
assign w693 = pi114 & ~pi122;
assign w694 = ~pi123 & w693;
assign w695 = ~pi129 & w694;
assign w696 = pi058 & ~pi116;
assign w697 = pi026 & pi116;
assign w698 = ~w696 & ~w697;
assign w699 = ~pi094 & ~w698;
assign w700 = ~pi026 & ~pi058;
assign w701 = pi026 & ~pi116;
assign w702 = ~w700 & ~w701;
assign w703 = ~pi037 & ~w702;
assign w704 = ~w699 & ~w703;
assign w705 = pi058 & pi085;
assign w706 = ~pi053 & ~w705;
assign w707 = ~pi027 & w335;
assign w708 = (~pi027 & w706) | (~pi027 & w707) | (w706 & w707);
assign w709 = ~pi026 & w339;
assign w710 = (~pi026 & w708) | (~pi026 & w709) | (w708 & w709);
assign w711 = w335 & w389;
assign w712 = w78 & w711;
assign w713 = (w78 & w710) | (w78 & w712) | (w710 & w712);
assign w714 = w704 & w713;
assign w715 = pi060 & w378;
assign w716 = pi057 & ~w378;
assign w717 = ~w715 & ~w716;
assign w718 = w713 & ~w717;
assign w719 = ~pi026 & ~pi116;
assign w720 = ~pi027 & pi058;
assign w721 = w719 & w720;
assign w722 = ~pi026 & pi027;
assign w723 = ~w340 & ~w722;
assign w724 = ~pi058 & ~w723;
assign w725 = w364 & w724;
assign w726 = ~w721 & ~w725;
assign w727 = w713 & ~w726;
assign w728 = pi059 & ~w351;
assign w729 = pi096 & w351;
assign w730 = ~w728 & ~w729;
assign w731 = w446 & ~w730;
assign w732 = pi059 & ~pi116;
assign w733 = ~w348 & w732;
assign w734 = ~w731 & ~w733;
assign w735 = w78 & ~w734;
assign w736 = ~pi117 & ~pi122;
assign w737 = pi123 & w736;
assign w738 = pi060 & ~w736;
assign w739 = ~w737 & ~w738;
assign w740 = ~pi114 & ~pi122;
assign w741 = pi123 & w740;
assign w742 = ~pi129 & w741;
assign w743 = pi131 & pi132;
assign w744 = pi133 & w743;
assign w745 = pi136 & w744;
assign w746 = ~pi137 & w745;
assign w747 = ~pi138 & w746;
assign w748 = ~pi140 & w747;
assign w749 = pi062 & ~w747;
assign w750 = ~w748 & ~w749;
assign w751 = ~pi129 & ~w750;
assign w752 = ~pi142 & w747;
assign w753 = pi063 & ~w747;
assign w754 = ~w752 & ~w753;
assign w755 = ~pi129 & ~w754;
assign w756 = ~pi139 & w747;
assign w757 = pi064 & ~w747;
assign w758 = ~w756 & ~w757;
assign w759 = ~pi129 & ~w758;
assign w760 = ~pi146 & w747;
assign w761 = pi065 & ~w747;
assign w762 = ~w760 & ~w761;
assign w763 = ~pi129 & ~w762;
assign w764 = ~pi136 & w744;
assign w765 = ~pi137 & w764;
assign w766 = ~pi138 & w765;
assign w767 = ~pi143 & w766;
assign w768 = pi066 & ~w766;
assign w769 = ~w767 & ~w768;
assign w770 = ~pi129 & ~w769;
assign w771 = ~pi139 & w766;
assign w772 = pi067 & ~w766;
assign w773 = ~w771 & ~w772;
assign w774 = ~pi129 & ~w773;
assign w775 = ~pi141 & w747;
assign w776 = pi068 & ~w747;
assign w777 = ~w775 & ~w776;
assign w778 = ~pi129 & ~w777;
assign w779 = ~pi143 & w747;
assign w780 = pi069 & ~w747;
assign w781 = ~w779 & ~w780;
assign w782 = ~pi129 & ~w781;
assign w783 = ~pi144 & w747;
assign w784 = pi070 & ~w747;
assign w785 = ~w783 & ~w784;
assign w786 = ~pi129 & ~w785;
assign w787 = ~pi145 & w747;
assign w788 = pi071 & ~w747;
assign w789 = ~w787 & ~w788;
assign w790 = ~pi129 & ~w789;
assign w791 = ~pi140 & w766;
assign w792 = pi072 & ~w766;
assign w793 = ~w791 & ~w792;
assign w794 = ~pi129 & ~w793;
assign w795 = ~pi141 & w766;
assign w796 = pi073 & ~w766;
assign w797 = ~w795 & ~w796;
assign w798 = ~pi129 & ~w797;
assign w799 = ~pi142 & w766;
assign w800 = pi074 & ~w766;
assign w801 = ~w799 & ~w800;
assign w802 = ~pi129 & ~w801;
assign w803 = ~pi144 & w766;
assign w804 = pi075 & ~w766;
assign w805 = ~w803 & ~w804;
assign w806 = ~pi129 & ~w805;
assign w807 = ~pi145 & w766;
assign w808 = pi076 & ~w766;
assign w809 = ~w807 & ~w808;
assign w810 = ~pi129 & ~w809;
assign w811 = ~pi146 & w766;
assign w812 = pi077 & ~w766;
assign w813 = ~w811 & ~w812;
assign w814 = ~pi129 & ~w813;
assign w815 = pi137 & w764;
assign w816 = ~pi138 & w815;
assign w817 = pi142 & w816;
assign w818 = pi078 & ~w816;
assign w819 = ~w817 & ~w818;
assign w820 = ~pi129 & ~w819;
assign w821 = pi143 & w816;
assign w822 = pi079 & ~w816;
assign w823 = ~w821 & ~w822;
assign w824 = ~pi129 & ~w823;
assign w825 = pi144 & w816;
assign w826 = pi080 & ~w816;
assign w827 = ~w825 & ~w826;
assign w828 = ~pi129 & ~w827;
assign w829 = pi145 & w816;
assign w830 = pi081 & ~w816;
assign w831 = ~w829 & ~w830;
assign w832 = ~pi129 & ~w831;
assign w833 = pi146 & w816;
assign w834 = pi082 & ~w816;
assign w835 = ~w833 & ~w834;
assign w836 = ~pi129 & ~w835;
assign w837 = ~pi119 & pi138;
assign w838 = pi072 & ~pi138;
assign w839 = ~w837 & ~w838;
assign w840 = ~pi137 & ~w839;
assign w841 = pi115 & pi138;
assign w842 = ~pi087 & ~pi138;
assign w843 = ~w841 & ~w842;
assign w844 = pi137 & ~w843;
assign w845 = ~w840 & ~w844;
assign w846 = ~pi136 & w845;
assign w847 = pi089 & pi138;
assign w848 = ~pi062 & ~pi138;
assign w849 = ~w847 & ~w848;
assign w850 = ~pi137 & ~w849;
assign w851 = pi137 & ~pi138;
assign w852 = pi031 & w851;
assign w853 = ~w850 & ~w852;
assign w854 = pi136 & ~w853;
assign w855 = ~w846 & ~w854;
assign w856 = pi141 & w816;
assign w857 = pi084 & ~w816;
assign w858 = ~w856 & ~w857;
assign w859 = ~pi129 & ~w858;
assign w860 = ~pi085 & w351;
assign w861 = pi096 & w860;
assign w862 = ~w354 & ~w861;
assign w863 = w392 & ~w862;
assign w864 = pi139 & w816;
assign w865 = pi086 & ~w816;
assign w866 = ~w864 & ~w865;
assign w867 = ~pi129 & ~w866;
assign w868 = pi140 & w816;
assign w869 = pi087 & ~w816;
assign w870 = ~w868 & ~w869;
assign w871 = ~pi129 & ~w870;
assign w872 = pi137 & w745;
assign w873 = ~pi138 & w872;
assign w874 = pi139 & w873;
assign w875 = pi088 & ~w873;
assign w876 = ~w874 & ~w875;
assign w877 = ~pi129 & ~w876;
assign w878 = pi140 & w873;
assign w879 = pi089 & ~w873;
assign w880 = ~w878 & ~w879;
assign w881 = ~pi129 & ~w880;
assign w882 = pi142 & w873;
assign w883 = pi090 & ~w873;
assign w884 = ~w882 & ~w883;
assign w885 = ~pi129 & ~w884;
assign w886 = pi143 & w873;
assign w887 = pi091 & ~w873;
assign w888 = ~w886 & ~w887;
assign w889 = ~pi129 & ~w888;
assign w890 = pi144 & w873;
assign w891 = pi092 & ~w873;
assign w892 = ~w890 & ~w891;
assign w893 = ~pi129 & ~w892;
assign w894 = pi146 & w873;
assign w895 = pi093 & ~w873;
assign w896 = ~w894 & ~w895;
assign w897 = ~pi129 & ~w896;
assign w898 = pi082 & ~pi136;
assign w899 = ~pi137 & w898;
assign w900 = pi138 & w899;
assign w901 = w744 & w900;
assign w902 = pi142 & w901;
assign w903 = pi094 & ~w901;
assign w904 = ~w902 & ~w903;
assign w905 = ~pi129 & ~w904;
assign w906 = pi143 & w901;
assign w907 = ~pi110 & ~w744;
assign w908 = ~pi003 & w907;
assign w909 = w744 & ~w900;
assign w910 = ~w908 & ~w909;
assign w911 = pi095 & ~w910;
assign w912 = ~w906 & ~w911;
assign w913 = ~pi129 & ~w912;
assign w914 = pi146 & w901;
assign w915 = pi096 & ~w910;
assign w916 = ~w914 & ~w915;
assign w917 = ~pi129 & ~w916;
assign w918 = pi145 & w901;
assign w919 = pi097 & ~w910;
assign w920 = ~w918 & ~w919;
assign w921 = ~pi129 & ~w920;
assign w922 = pi145 & w873;
assign w923 = pi098 & ~w873;
assign w924 = ~w922 & ~w923;
assign w925 = ~pi129 & ~w924;
assign w926 = pi141 & w873;
assign w927 = pi099 & ~w873;
assign w928 = ~w926 & ~w927;
assign w929 = ~pi129 & ~w928;
assign w930 = pi144 & w901;
assign w931 = pi100 & ~w910;
assign w932 = ~w930 & ~w931;
assign w933 = ~pi129 & ~w932;
assign w934 = ~pi077 & ~pi138;
assign w935 = pi124 & pi138;
assign w936 = ~w934 & ~w935;
assign w937 = ~pi137 & ~w936;
assign w938 = ~pi136 & w937;
assign w939 = pi037 & pi136;
assign w940 = w851 & w939;
assign w941 = ~w938 & ~w940;
assign w942 = pi136 & ~pi137;
assign w943 = pi093 & w942;
assign w944 = ~pi136 & pi137;
assign w945 = pi096 & w944;
assign w946 = ~w943 & ~w945;
assign w947 = pi138 & ~w946;
assign w948 = ~pi065 & w942;
assign w949 = pi082 & w944;
assign w950 = ~w948 & ~w949;
assign w951 = ~pi138 & ~w950;
assign w952 = ~w947 & ~w951;
assign w953 = w941 & w952;
assign w954 = pi091 & w942;
assign w955 = pi095 & w944;
assign w956 = ~w954 & ~w955;
assign w957 = pi138 & ~w956;
assign w958 = ~pi079 & pi137;
assign w959 = pi066 & ~pi137;
assign w960 = ~w958 & ~w959;
assign w961 = ~pi136 & ~w960;
assign w962 = pi069 & ~pi137;
assign w963 = ~pi034 & pi137;
assign w964 = ~w962 & ~w963;
assign w965 = pi136 & ~w964;
assign w966 = ~w961 & ~w965;
assign w967 = ~pi138 & w966;
assign w968 = ~w957 & ~w967;
assign w969 = pi090 & w942;
assign w970 = pi094 & w944;
assign w971 = ~w969 & ~w970;
assign w972 = pi138 & ~w971;
assign w973 = pi074 & ~pi137;
assign w974 = ~pi078 & pi137;
assign w975 = ~w973 & ~w974;
assign w976 = ~pi136 & ~w975;
assign w977 = ~pi033 & pi137;
assign w978 = pi063 & ~pi137;
assign w979 = ~w977 & ~w978;
assign w980 = pi136 & ~w979;
assign w981 = ~w976 & ~w980;
assign w982 = ~pi138 & w981;
assign w983 = ~w972 & ~w982;
assign w984 = ~pi112 & w944;
assign w985 = pi099 & w942;
assign w986 = ~w984 & ~w985;
assign w987 = pi138 & ~w986;
assign w988 = pi073 & ~pi137;
assign w989 = ~pi084 & pi137;
assign w990 = ~w988 & ~w989;
assign w991 = ~pi136 & ~w990;
assign w992 = ~pi032 & pi137;
assign w993 = pi068 & ~pi137;
assign w994 = ~w992 & ~w993;
assign w995 = pi136 & ~w994;
assign w996 = ~w991 & ~w995;
assign w997 = ~pi138 & w996;
assign w998 = ~w987 & ~w997;
assign w999 = ~pi075 & ~pi138;
assign w1000 = pi125 & pi138;
assign w1001 = ~w999 & ~w1000;
assign w1002 = ~pi137 & ~w1001;
assign w1003 = ~pi136 & w1002;
assign w1004 = pi035 & pi136;
assign w1005 = w851 & w1004;
assign w1006 = ~w1003 & ~w1005;
assign w1007 = pi092 & w942;
assign w1008 = pi100 & w944;
assign w1009 = ~w1007 & ~w1008;
assign w1010 = pi138 & ~w1009;
assign w1011 = ~pi070 & w942;
assign w1012 = pi080 & w944;
assign w1013 = ~w1011 & ~w1012;
assign w1014 = ~pi138 & ~w1013;
assign w1015 = ~w1010 & ~w1014;
assign w1016 = w1006 & w1015;
assign w1017 = w351 & w446;
assign w1018 = ~w386 & ~w1017;
assign w1019 = w78 & ~w1018;
assign w1020 = pi023 & pi138;
assign w1021 = ~pi076 & ~pi138;
assign w1022 = ~w1020 & ~w1021;
assign w1023 = ~pi137 & ~w1022;
assign w1024 = pi081 & ~pi138;
assign w1025 = pi097 & pi138;
assign w1026 = ~w1024 & ~w1025;
assign w1027 = pi137 & ~w1026;
assign w1028 = ~w1023 & ~w1027;
assign w1029 = ~pi136 & ~w1028;
assign w1030 = pi098 & pi138;
assign w1031 = ~pi071 & ~pi138;
assign w1032 = ~w1030 & ~w1031;
assign w1033 = ~pi137 & ~w1032;
assign w1034 = pi036 & w851;
assign w1035 = ~w1033 & ~w1034;
assign w1036 = pi136 & ~w1035;
assign w1037 = ~w1029 & ~w1036;
assign w1038 = ~pi111 & pi138;
assign w1039 = ~pi086 & ~pi138;
assign w1040 = ~w1038 & ~w1039;
assign w1041 = pi137 & ~w1040;
assign w1042 = ~pi120 & pi138;
assign w1043 = pi067 & ~pi138;
assign w1044 = ~w1042 & ~w1043;
assign w1045 = ~pi137 & ~w1044;
assign w1046 = ~w1041 & ~w1045;
assign w1047 = ~pi136 & w1046;
assign w1048 = pi088 & pi138;
assign w1049 = ~pi064 & ~pi138;
assign w1050 = ~w1048 & ~w1049;
assign w1051 = ~pi137 & ~w1050;
assign w1052 = pi030 & w851;
assign w1053 = ~w1051 & ~w1052;
assign w1054 = pi136 & ~w1053;
assign w1055 = ~w1047 & ~w1054;
assign w1056 = ~w374 & w722;
assign w1057 = ~w340 & ~w1056;
assign w1058 = pi116 & ~w1057;
assign w1059 = w78 & w1058;
assign w1060 = ~pi053 & pi058;
assign w1061 = ~pi097 & w1060;
assign w1062 = pi053 & ~pi058;
assign w1063 = ~w1061 & ~w1062;
assign w1064 = pi116 & ~w1063;
assign w1065 = w78 & w1064;
assign w1066 = pi111 & ~w900;
assign w1067 = pi139 & w900;
assign w1068 = ~w1066 & ~w1067;
assign w1069 = ~pi129 & ~w1068;
assign w1070 = w744 & w1069;
assign w1071 = pi141 & w900;
assign w1072 = ~pi112 & ~w900;
assign w1073 = ~w1071 & ~w1072;
assign w1074 = ~pi129 & ~w1073;
assign w1075 = w744 & w1074;
assign w1076 = ~pi011 & ~pi022;
assign w1077 = pi054 & ~w1076;
assign w1078 = ~pi054 & ~pi113;
assign w1079 = ~w1077 & ~w1078;
assign w1080 = w78 & ~w1079;
assign w1081 = ~pi123 & ~pi129;
assign w1082 = pi140 & w900;
assign w1083 = ~pi115 & ~w900;
assign w1084 = ~w1082 & ~w1083;
assign w1085 = ~pi129 & ~w1084;
assign w1086 = w744 & w1085;
assign w1087 = pi054 & ~w29;
assign w1088 = w78 & w1087;
assign w1089 = pi122 & ~pi129;
assign w1090 = ~pi054 & pi118;
assign w1091 = ~w230 & ~w1090;
assign w1092 = ~pi129 & ~w1091;
assign w1093 = ~pi129 & ~w349;
assign w1094 = ~pi003 & ~pi110;
assign w1095 = ~pi120 & w1094;
assign w1096 = ~pi129 & ~w1095;
assign w1097 = ~pi111 & w1096;
assign w1098 = pi081 & pi120;
assign w1099 = ~pi129 & w1098;
assign w1100 = ~pi129 & ~pi134;
assign w1101 = ~pi129 & ~pi135;
assign w1102 = pi057 & ~pi129;
assign w1103 = ~pi096 & pi125;
assign w1104 = ~pi003 & ~w1103;
assign w1105 = ~pi129 & ~w1104;
assign w1106 = ~pi126 & pi132;
assign w1107 = pi133 & w1106;
assign one = 1;
assign po000 = pi108;
assign po001 = pi083;
assign po002 = pi104;
assign po003 = pi103;
assign po004 = pi102;
assign po005 = pi105;
assign po006 = pi107;
assign po007 = pi101;
assign po008 = pi126;
assign po009 = pi121;
assign po010 = pi001;
assign po011 = pi000;
assign po012 = one;
assign po013 = pi130;
assign po014 = pi128;
assign po015 = ~w79;
assign po016 = w100;
assign po017 = w138;
assign po018 = w149;
assign po019 = w159;
assign po020 = ~w175;
assign po021 = ~w180;
assign po022 = w185;
assign po023 = w193;
assign po024 = w203;
assign po025 = w209;
assign po026 = w217;
assign po027 = w225;
assign po028 = w233;
assign po029 = w240;
assign po030 = w257;
assign po031 = ~w262;
assign po032 = w269;
assign po033 = w274;
assign po034 = w279;
assign po035 = w293;
assign po036 = w298;
assign po037 = w306;
assign po038 = w309;
assign po039 = w330;
assign po040 = ~w395;
assign po041 = ~w401;
assign po042 = ~w413;
assign po043 = w427;
assign po044 = w454;
assign po045 = w461;
assign po046 = w468;
assign po047 = w475;
assign po048 = w482;
assign po049 = w489;
assign po050 = w496;
assign po051 = w503;
assign po052 = w510;
assign po053 = w531;
assign po054 = w540;
assign po055 = w553;
assign po056 = w565;
assign po057 = w574;
assign po058 = w584;
assign po059 = w595;
assign po060 = w609;
assign po061 = w623;
assign po062 = w638;
assign po063 = w651;
assign po064 = w671;
assign po065 = w681;
assign po066 = w686;
assign po067 = w690;
assign po068 = w442;
assign po069 = ~w692;
assign po070 = w695;
assign po071 = w714;
assign po072 = w718;
assign po073 = w727;
assign po074 = w735;
assign po075 = ~w739;
assign po076 = w742;
assign po077 = ~w751;
assign po078 = ~w755;
assign po079 = ~w759;
assign po080 = ~w763;
assign po081 = ~w770;
assign po082 = ~w774;
assign po083 = ~w778;
assign po084 = ~w782;
assign po085 = ~w786;
assign po086 = ~w790;
assign po087 = ~w794;
assign po088 = ~w798;
assign po089 = ~w802;
assign po090 = ~w806;
assign po091 = ~w810;
assign po092 = ~w814;
assign po093 = w820;
assign po094 = w824;
assign po095 = w828;
assign po096 = w832;
assign po097 = w836;
assign po098 = ~w855;
assign po099 = w859;
assign po100 = w863;
assign po101 = w867;
assign po102 = w871;
assign po103 = w877;
assign po104 = w881;
assign po105 = w885;
assign po106 = w889;
assign po107 = w893;
assign po108 = w897;
assign po109 = w905;
assign po110 = w913;
assign po111 = w917;
assign po112 = w921;
assign po113 = w925;
assign po114 = w929;
assign po115 = w933;
assign po116 = ~w953;
assign po117 = ~w968;
assign po118 = ~w983;
assign po119 = ~w998;
assign po120 = ~w1016;
assign po121 = w1019;
assign po122 = ~w1037;
assign po123 = ~w1055;
assign po124 = w1059;
assign po125 = w1065;
assign po126 = w1070;
assign po127 = w1075;
assign po128 = w1080;
assign po129 = ~w1081;
assign po130 = w1086;
assign po131 = w1088;
assign po132 = ~w1089;
assign po133 = w1092;
assign po134 = w1093;
assign po135 = w1097;
assign po136 = w1099;
assign po137 = ~w1100;
assign po138 = ~w1101;
assign po139 = w1102;
assign po140 = w1105;
assign po141 = w1107;
endmodule